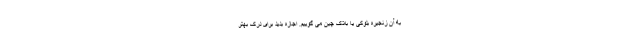
به آن زنجیره بلوکی یا بلاک چین می گوییم. اجازه بدید برای درک بهتر